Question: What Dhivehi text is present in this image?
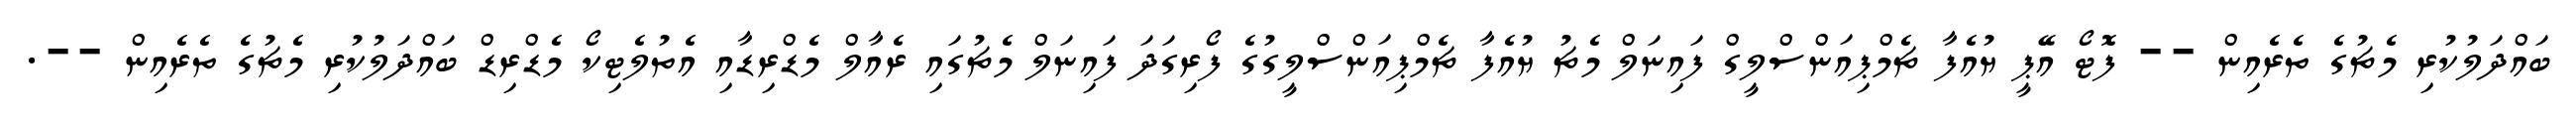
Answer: ބައްދަލުކުރި މެޗުގެ ތެރެއިން -- ފޮޓޯ އޭޕީ ޔުއެފާ ޗެމްޕިއަންސްލީގް ފައިނަލް މެޗު ޔުއެފާ ޗެމްޕިއަންސްލީގުގެ ފޯރިގަދަ ފައިނަލް މެޗުގައި ރެއާލް މެޑްރިޑާއި އެތުލެޓިކޯ މެޑްރިޑް ބައްދަލުކުރި މެޗުގެ ތެރެއިން --.